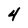
Character: 4